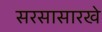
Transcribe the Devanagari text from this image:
सरसासारखे